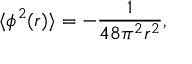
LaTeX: \langle \phi ^ { 2 } ( r ) \rangle = - \frac { 1 } { 4 8 \pi ^ { 2 } r ^ { 2 } } ,